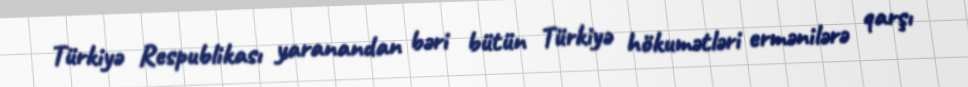
Türkiyə Respublikası yaranandan bəri bütün Türkiyə hökumətləri ermənilərə qarşı